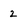
Character: 2